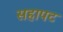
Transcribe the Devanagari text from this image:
सहापट